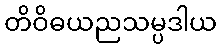
တိဝိဓယညသမ္ပဒါယ